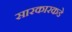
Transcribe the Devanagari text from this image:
सारकारकडे